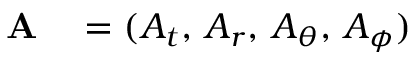
\begin{array} { r l } { \mathbf { A } } & { { } = ( A _ { t } , \, A _ { r } , \, A _ { \theta } , \, A _ { \phi } ) } \end{array}